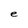
Character: e